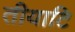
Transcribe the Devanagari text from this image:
तीयाटि